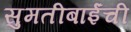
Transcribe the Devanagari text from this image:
सुमतीबाईंची